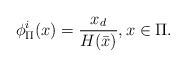
\begin{align*} \phi_\Pi^i(x)= \frac{x_d}{H(\bar{x})}, x\in \Pi.\end{align*}